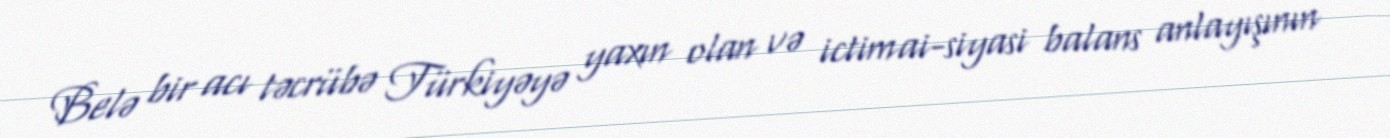
Belə bir acı təcrübə Türkiyəyə yaxın olan və ictimai-siyasi balans anlayışının